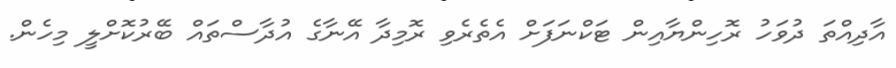
އާދިއްތަ ދުވަހު ރޮހިންޔާއިން ޓަކްނަފަށް އެތެރެވި ރޮމިދާ އޭނާގެ އުދާސްތައް ބޭރުކޮށްލީ މިހެން.